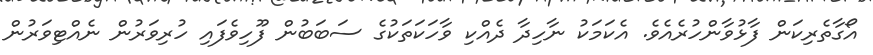
އޯގާތެރިކަން ފާޅުވާންހުރެއެވެ. އެކަމަކު ނާހިދާ ދެއްކި ވާހަކަތަކުގެ ސަބަބުން ފޫހިވެފައި ހުރިވަރުން ނެއްޓިވަރުން